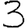
Digit: 3